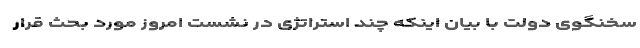
سخنگوی دولت با بیان اینکه چند استراتژی در نشست امروز مورد بحث قرار